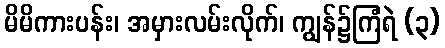
မိမိကားပန်း၊ အမှားလမ်းလိုက်၊ ကျွန်၌ကြံရဲ (၃)